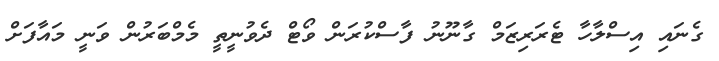
ގެނައި އިސްލާހާ ޓެރަރިޒަމް ގާނޫނު ފާސްކުރަން ވޯޓް ދެވުނީތީ މެމްބަރުން ވަނީ މައާފަށް